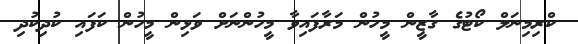
ކްރިމިނަލް ކޯޓުގެ ގާޒީން މީހުން މަރާފައިވާ މީހުންނަށް ވަޅިން މީހުން ކަފައި ކުދިކުދި